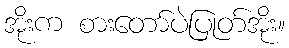
အိုးက စားတော်ပဲပြုတ်အိုး။